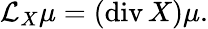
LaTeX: {\mathcal{L}}_{X}\mu=(\operatorname{div}X)\mu.